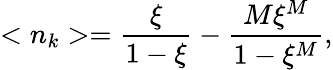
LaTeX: <n_{k}>=\frac{\xi}{1-\xi}-\frac{M\xi^{M}}{1-\xi^{M}},